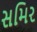
સમિર